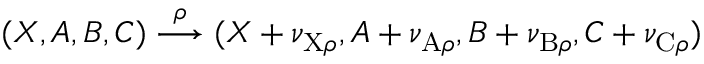
( X , A , B , C ) \overset { \rho } \longrightarrow ( X + \nu _ { \mathrm { X } \rho } , A + \nu _ { \mathrm { A } \rho } , B + \nu _ { \mathrm { B } \rho } , C + \nu _ { \mathrm { C } \rho } )